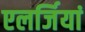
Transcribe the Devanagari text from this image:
एलर्जियां